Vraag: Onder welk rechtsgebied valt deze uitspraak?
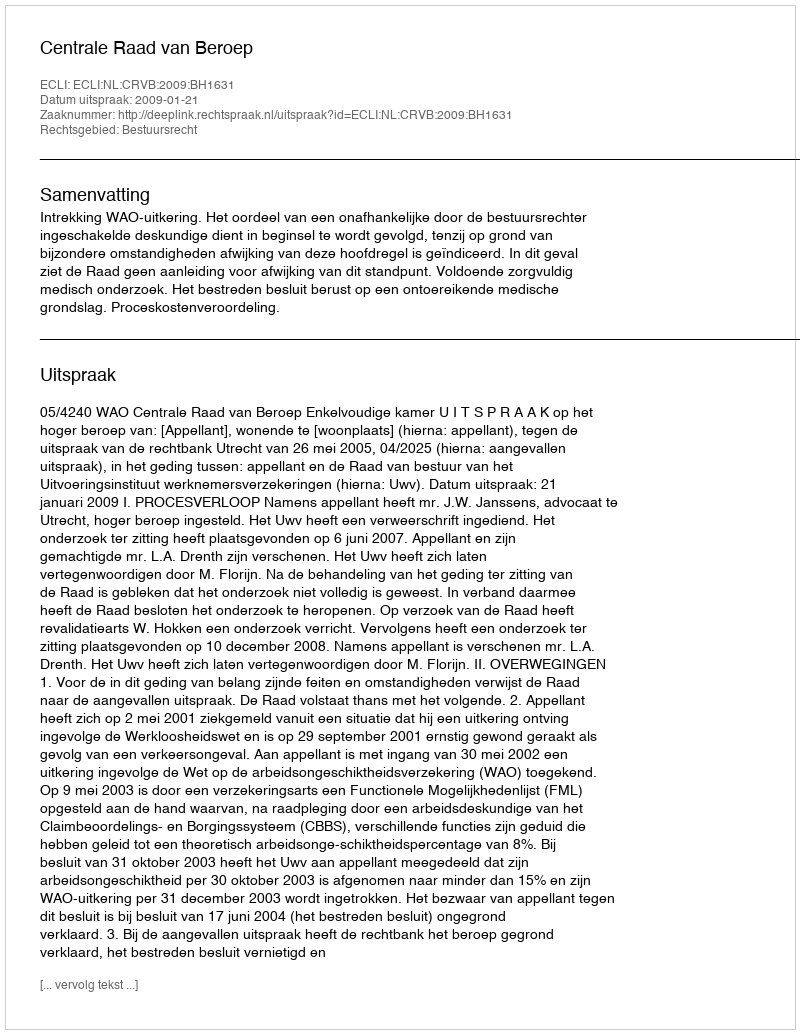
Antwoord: Bestuursrecht